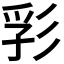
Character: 𢒒